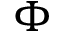
\Phi